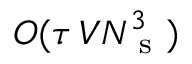
O ( \tau \, V N _ { \mathrm { ~ s ~ } } ^ { 3 } )